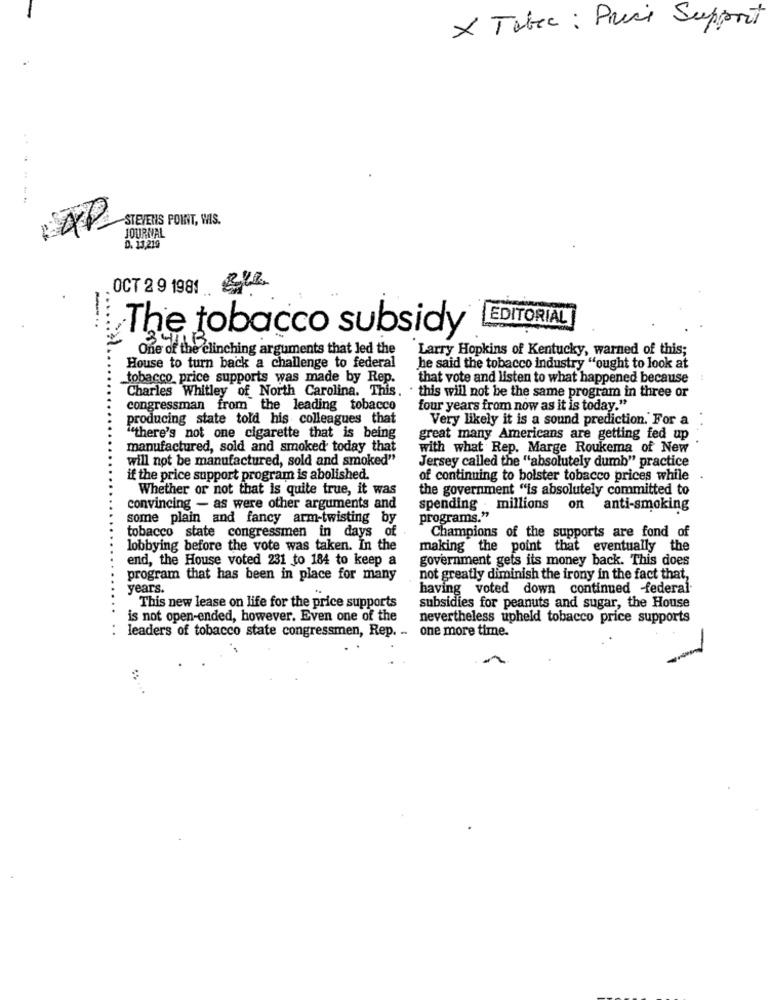
X Tebec : Preci Support
STEVENS POINT, WIS.
JOURNAL
D. 13,219
OCT 2 9 1981 &2%
....
EDITORIAL
The tobacco subsidy
One of the clinching arguments that led the
Larry Hopkins of Kentucky, warned of this;
House to turn back a challenge to federal
he said the tobacco industry "ought to look at
tobacco price supports was made by Rep.
that vote and listen to what happened because
Charles Whitley of North Carolina. This. . this will not be the same program in three or
congressman from the leading tobacco
four years from now as it is today."
producing state told his colleagues that
Very likely it is a sound prediction. For a
"there's not one cigarette that is being
great many Americans are getting fed up
manufactured, sold and smoked today that
with what Rep. Marge Roukema of New
will not be manufactured, sold and smoked"
Jersey called the "absolutely dumb" practice
if the price support program is abolished.
of continuing to bolster tobacco prices while
Whether or not that is quite true, it was
the government "is absolutely committed to
convincing - as were other arguments and
spending . millions on anti-smoking
some plain and fancy arm-twisting by
programs."
tobacco state congressmen in days of
Champions of the supports are fond of
lobbying before the vote was taken. In the
making the point that eventually the
end, the House voted 231 to 184 to keep a
government gets its money back. This does
program that has been in place for many
not greatly diminish the irony in the fact that,
years.
having voted down continued federal
This new lease on life for the price supports
subsidies for peanuts and sugar, the House
is not open-ended, however. Even one of the
nevertheless upheld tobacco price supports
leaders of tobacco state congressmen, Rep. .. one more time.